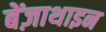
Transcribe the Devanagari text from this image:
बेंज़ाथाइन